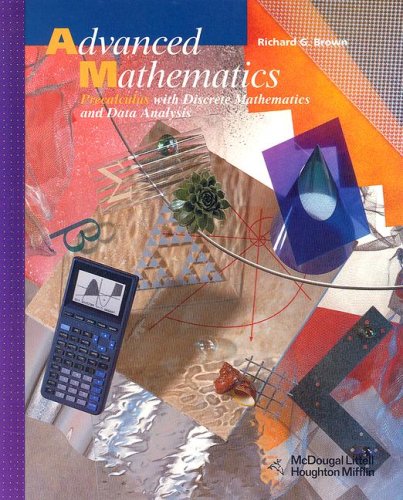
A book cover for McDougal Littell Advanced Math: Student Edition 2003; MCDOUGAL LITTEL; Teen & Young Adult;